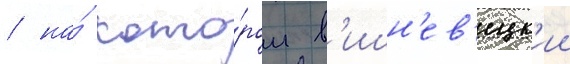
/ на́ кото́ром в'ишн'ев'ецк'ии